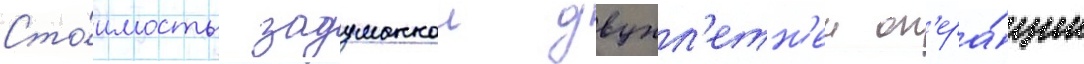
Сто́имость задуманнои двухл'етн'еи оп'ера́ции